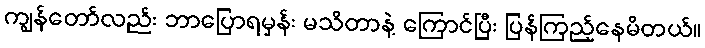
ကျွန်တော်လည်း ဘာပြောရမှန်း မသိတာနဲ့ ကြောင်ပြီး ပြန်ကြည့်နေမိတယ်။